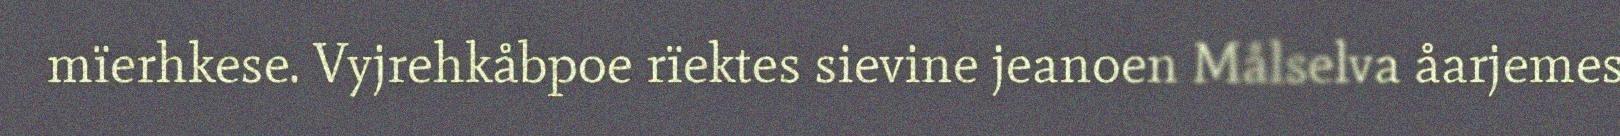
mïerhkese. Vyjrehkåbpoe rïektes sievine jeanoen Målselva åarjemes